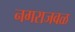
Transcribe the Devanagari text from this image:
नगराजवळ